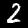
Label: 2